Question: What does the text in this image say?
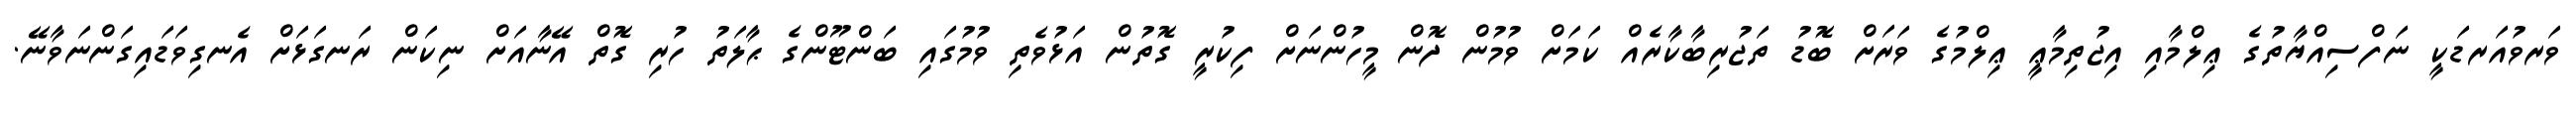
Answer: ވަރވުއަރޑަކީ ނަފްސިއްޔާތުގެ ޢިލްމާއި އިޖުތިމާޢީ ޢިލްމުގެ ވަރަށް ބޮޑު ތަޖުރިބާކާރެއް ކަމަށް ވުމުން ދޮން މީހުންނަށް ފިކުރީ ގޮތުން އަޅުވެތި ވުމުގައި ބަންޓޫންގެ ޙާލަތު ހުރި ގޮތް އޭނާއަށް ނިކަން ރަނގަޅަށް އެނގިވަޑައިގަންނަވާނޭ.